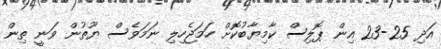
އަދި 25-23 އިން ޕޮލިސް ކާމިޔާބުކޮށް ހަމަޖެހިލި ނަމަވެސް ޔޫތުން ވަނީ ތިން